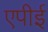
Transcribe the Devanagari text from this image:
एपीई